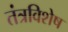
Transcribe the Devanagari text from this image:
तंत्रविशेष